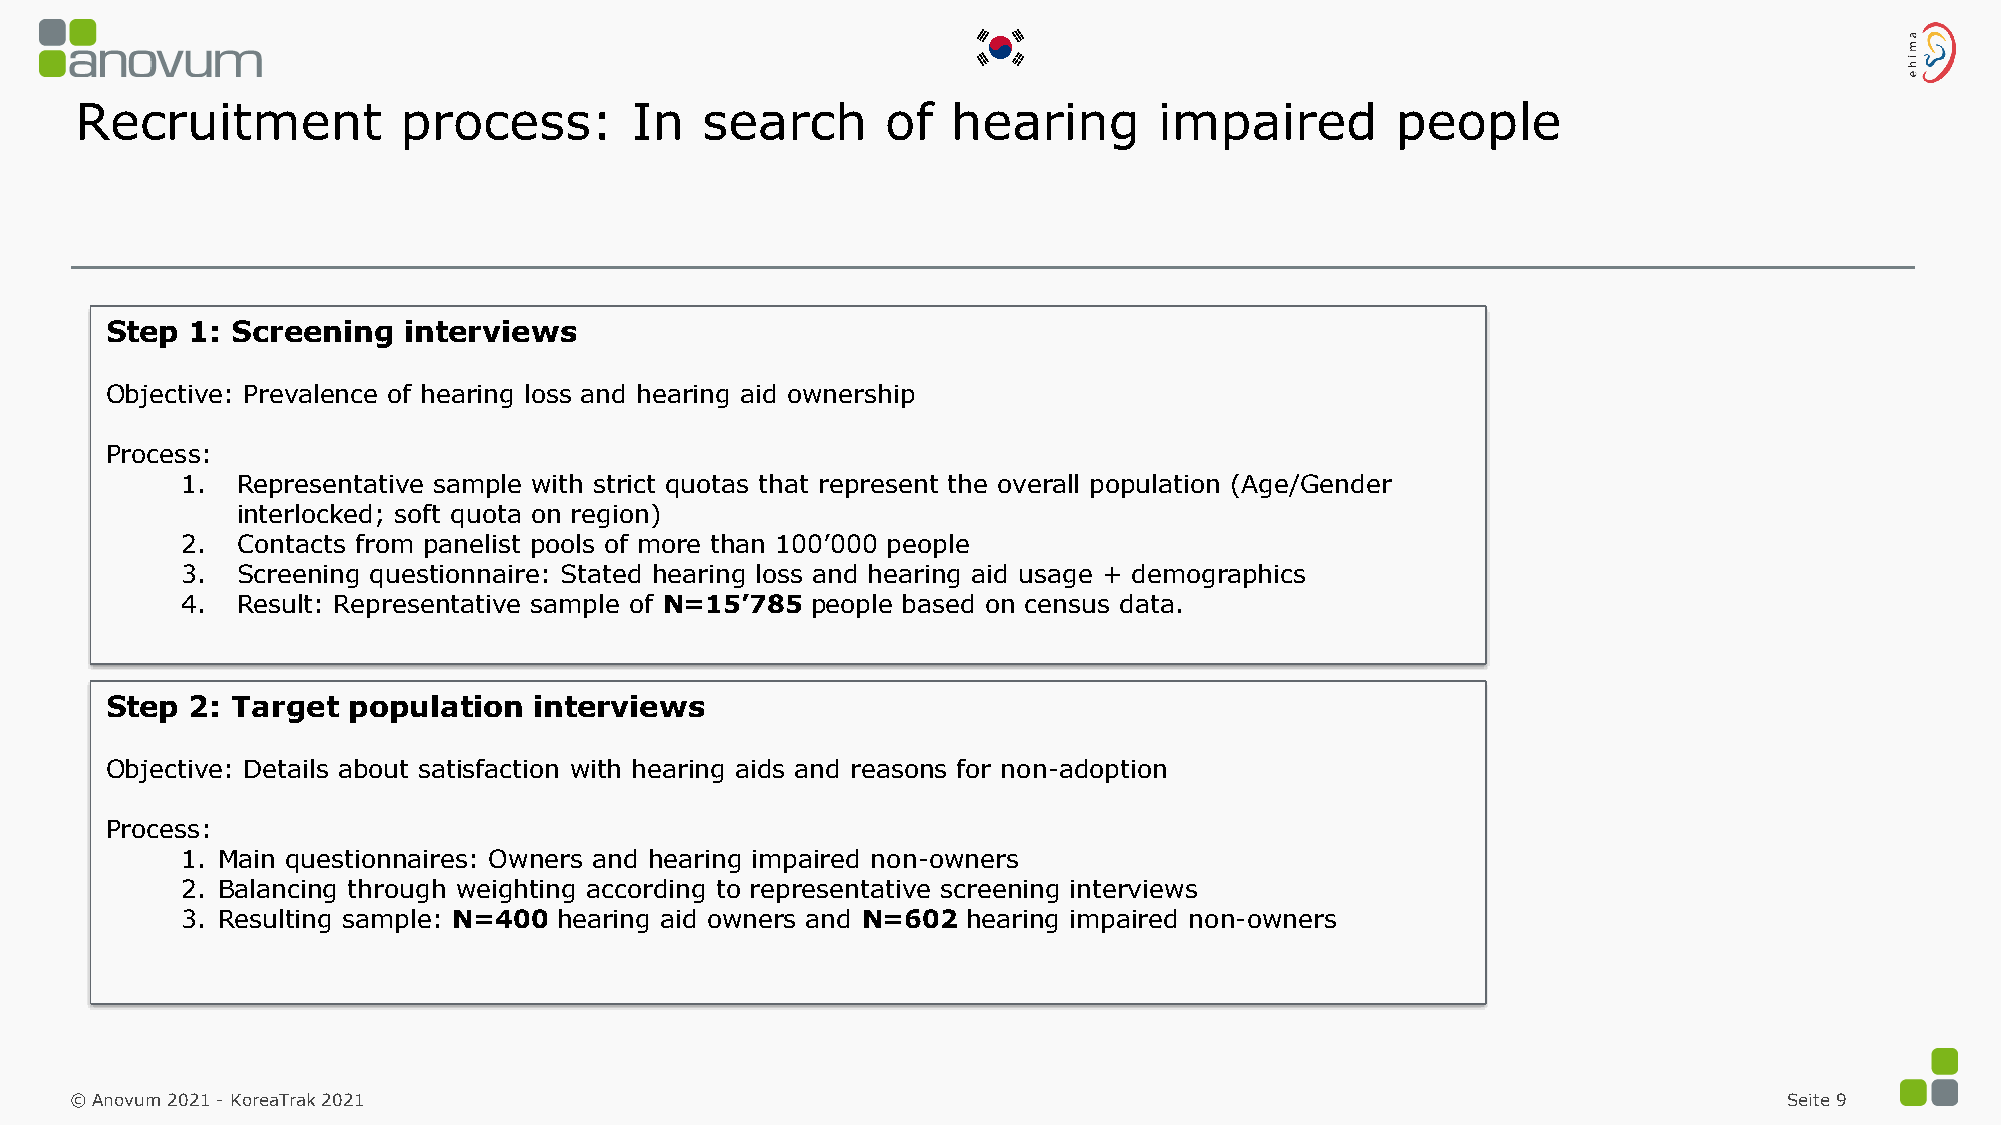
Recruitment          process:        In  search       of  hearing       impaired       people
 Step  1: Screening  interviews
 Objective: Prevalence of hearing loss and hearing aid ownership
 Process:
 1.  Representative sample with strict quotas that represent the overall population (Age/Gender
 interlocked; soft quota on region)
 2.  Contacts from panelist pools of more than 100’000 people
 3.  Screening questionnaire: Stated hearing loss and hearing aid usage + demographics
 4.  Result: Representative sample of N=15’785 people based on census data.
 Step  2: Target population  interviews
 Objective: Details about satisfaction with hearing aids and reasons for non-adoption
 Process:
 1. Main questionnaires: Owners and hearing impaired non-owners
 2. Balancing through weighting according to representative screening interviews
 3. Resulting sample: N=400 hearing aid owners and N=602 hearing impaired non-owners
 © Anovum 2021 -KoreaTrak 2021                                                                                    Seite 9